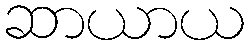
ဆာယာယ